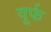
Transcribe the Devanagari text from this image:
वूर्फ